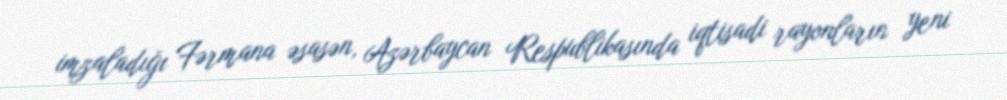
imzaladığı Fərmana əsasən, Azərbaycan Respublikasında iqtisadi rayonların yeni